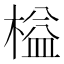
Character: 榏